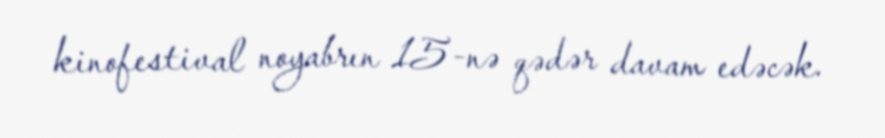
kinofestival noyabrın 15-nə qədər davam edəcək.